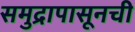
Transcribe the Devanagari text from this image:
समुद्रापासूनची